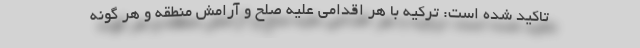
تاکید شده است: ترکیه با هر اقدامی علیه صلح و آرامش منطقه و هر گونه